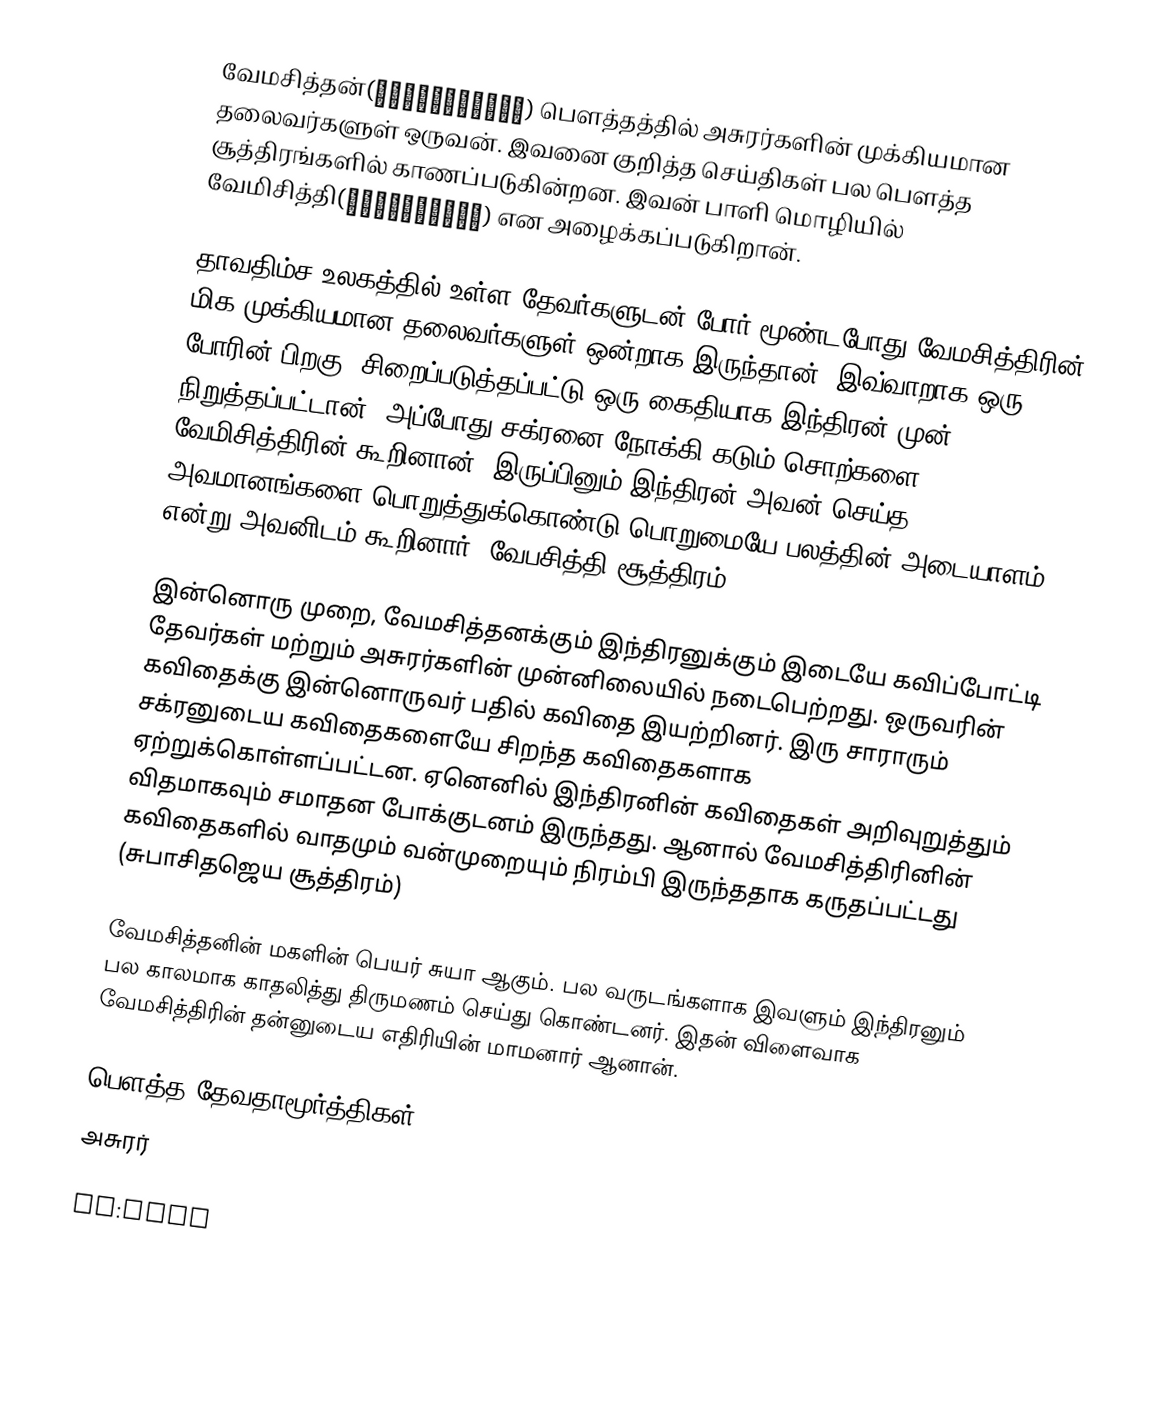
வேமசித்தன்(वेमचित्रिन्) பௌத்தத்தில் அசுரர்களின் முக்கியமான தலைவர்களுள் ஒருவன். இவனை குறித்த செய்திகள் பல பௌத்த சூத்திரங்களில் காணப்படுகின்றன. இவன் பாளி மொழியில் வேமிசித்தி(वेमिचित्ति) என அழைக்கப்படுகிறான்.

தாவதிம்ச உலகத்தில் உள்ள தேவர்களுடன் போர் மூண்டபோது வேமசித்திரின் மிக முக்கியமான தலைவர்களுள் ஒன்றாக இருந்தான். இவ்வாறாக ஒரு போரின் பிறகு, சிறைப்படுத்தப்பட்டு ஒரு கைதியாக இந்திரன் முன் நிறுத்தப்பட்டான். அப்போது சக்ரனை நோக்கி கடும் சொற்களை வேமிசித்திரின் கூறினான். இருப்பினும் இந்திரன் அவன் செய்த அவமானங்களை பொறுத்துக்கொண்டு பொறுமையே பலத்தின் அடையாளம் என்று அவனிடம் கூறினார்.(வேபசித்தி சூத்திரம்)

இன்னொரு முறை, வேமசித்தனக்கும் இந்திரனுக்கும் இடையே கவிப்போட்டி தேவர்கள் மற்றும் அசுரர்களின் முன்னிலையில் நடைபெற்றது. ஒருவரின் கவிதைக்கு இன்னொருவர் பதில் கவிதை இயற்றினர். இரு சாராரும் சக்ரனுடைய கவிதைகளையே சிறந்த கவிதைகளாக ஏற்றுக்கொள்ளப்பட்டன. ஏனெனில் இந்திரனின் கவிதைகள் அறிவுறுத்தும் விதமாகவும் சமாதன போக்குடனம் இருந்தது. ஆனால் வேமசித்திரினின் கவிதைகளில் வாதமும் வன்முறையும் நிரம்பி இருந்ததாக கருதப்பட்டது (சுபாசிதஜெய சூத்திரம்)

வேமசித்தனின் மகளின் பெயர் சுயா ஆகும். பல வருடங்களாக இவளும் இந்திரனும் பல காலமாக காதலித்து திருமணம் செய்து கொண்டனர். இதன் விளைவாக வேமசித்திரின் தன்னுடைய எதிரியின் மாமனார் ஆனான்.

பௌத்த தேவதாமூர்த்திகள்
அசுரர்

ko:아수라왕